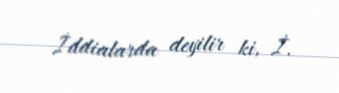
İddialarda deyilir ki, İ.